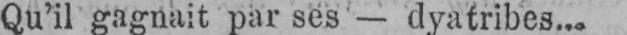
Qu’il gagnait par ses - dyatribes...